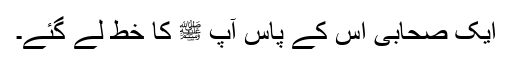
ایک صحابی اس کے پاس آپ ﷺ کا خط لے گئے۔